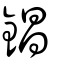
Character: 錩